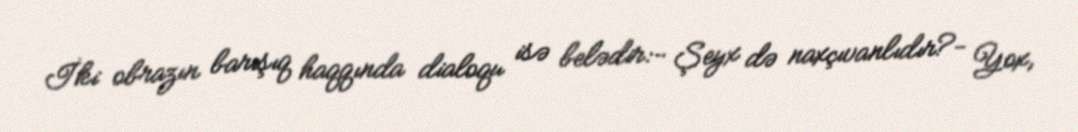
İki obrazın barışıq haqqında dialoqu isə belədir:- Şeyx də naxçıvanlıdır?- Yox,